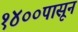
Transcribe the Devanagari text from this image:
१४००पासून